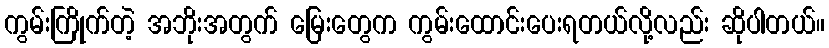
ကွမ်းကြိုက်တဲ့ အဘိုးအတွက် မြေးတွေက ကွမ်းထောင်းပေးရတယ်လို့လည်း ဆိုပါတယ်။